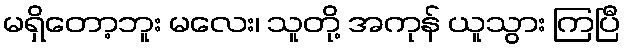
မရှိတော့ဘူး မလေး၊ သူတို့ အကုန် ယူသွား ကြပြီ